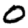
Digit: 0